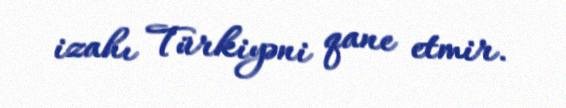
izahı Türkiyəni qane etmir.